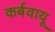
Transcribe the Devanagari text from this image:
कर्बवायू